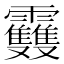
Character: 𩇈